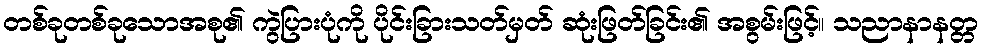
တစ်ခုတစ်ခုသောအစု၏ ကွဲပြားပုံကို ပိုင်းခြားသတ်မှတ် ဆုံးဖြတ်ခြင်း၏ အစွမ်းဖြင့်။ သညာနာနတ္တ